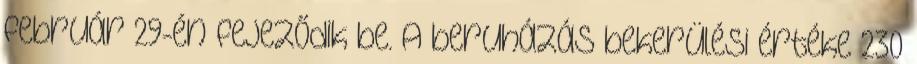
február 29-én fejeződik be. A beruházás bekerülési értéke 230